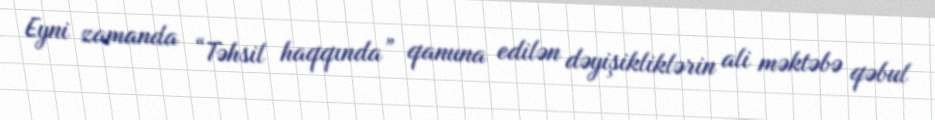
Eyni zamanda “Təhsil haqqında” qanuna edilən dəyişikliklərin ali məktəbə qəbul